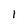
Character: 1